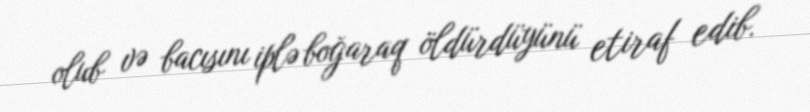
olub və bacısını iplə boğaraq öldürdüyünü etiraf edib.